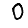
Digit: 0